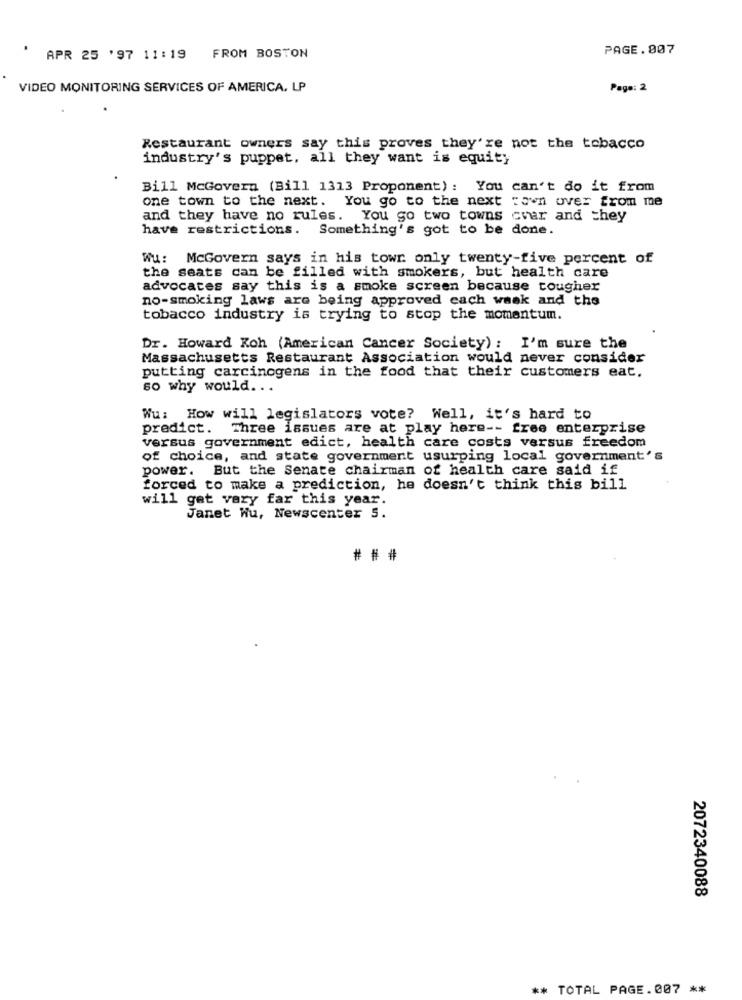
PAGE.007
APR 25 '97 11:19
FROM BOSTON
VIDEO MONITORING SERVICES OF AMERICA, LP
Page: 2
Restaurant owners say this proves they're not the tobacco
industry's puppet, all they want is equity
Bill McGovern (Bill 1313 Proponent): You can't do it from
one town to the next. You go to the next town over from me
and they have no rules. You go two towns char and they
have restrictions. Something's got to be done.
Wu: McGovern says in his towr only twenty-five percent of
the seats can be filled with smokers, but health care
advocates say this is a smoke screen because tougher
no-smoking laws are being approved cach wask and the
tobacco industry is trying to stop the momentum.
Dr. Howard Koh (American Cancer Society) : I'm sure the
Massachusetts Restaurant Association would never consider
putting carcinogens in the food that their customers eat,
so why would. ..
Wu: How will legislators vote? Well, it's hard to
predict. Three issues are at play here -- free enterprise
versus government edict, health care costs versus freedom
of choice, and state government usurping local government's
power. But the Senate chairman of health care said if
forced to make a prediction, he doesn't think this bill
will get vary far this year.
Janet Wu, Newscenter S.
## #
2072340088
** TOTAL PAGE.007 **